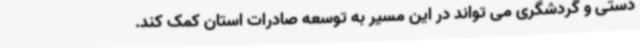
دستی و گردشگری می تواند در این مسیر به توسعه صادرات استان کمک کند.